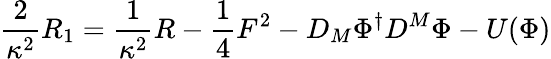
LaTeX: \frac{2}{\kappa^{2}}R_{1}=\frac{1}{\kappa^{2}}R-\frac{1}{4}F^{2}-D_{M}\Phi^{\dagger}D^{M}\Phi-U(\Phi)